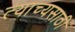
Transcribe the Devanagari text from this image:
त्याच्यसाठी